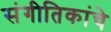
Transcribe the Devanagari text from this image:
संगीतिकांचे